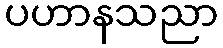
ပဟာနသညာ